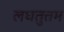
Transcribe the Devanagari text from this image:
लघतुत्तम